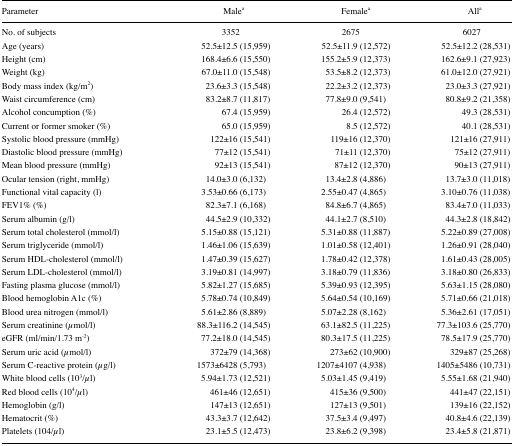
<table><thead><tr><td><b>Parameter</b></td><td><b>Malea</b></td><td><b>Femalea</b></td><td><b>Alla</b></td></tr></thead><tbody><tr><td>No. of subjects</td><td>3352</td><td>2675</td><td>6027</td></tr><tr><td>Age (years)</td><td>52.5±12.5 (15,959)</td><td>52.5±11.9 (12,572)</td><td>52.5±12.2 (28,531)</td></tr><tr><td>Height (cm)</td><td>168.4±6.6 (15,550)</td><td>155.2±5.9 (12,373)</td><td>162.6±9.1 (27,923)</td></tr><tr><td>Weight (kg)</td><td>67.0±11.0 (15,548)</td><td>53.5±8.2 (12,373)</td><td>61.0±12.0 (27,921)</td></tr><tr><td>Body mass index (kg/m<sup>2</sup>)</td><td>23.6±3.3 (15,548)</td><td>22.2±3.2 (12,373)</td><td>23.0±3.3 (27,921)</td></tr><tr><td>Waist circumference (cm)</td><td>83.2±8.7 (11,817)</td><td>77.8±9.0 (9,541)</td><td>80.8±9.2 (21,358)</td></tr><tr><td>Alcohol concumption (%)</td><td>67.4 (15,959)</td><td>26.4 (12,572)</td><td>49.3 (28,531)</td></tr><tr><td>Current or former smoker (%)</td><td>65.0 (15,959)</td><td>8.5 (12,572)</td><td>40.1 (28,531)</td></tr><tr><td>Systolic blood pressure (mmHg)</td><td>122±16 (15,541)</td><td>119±16 (12,370)</td><td>121±16 (27,911)</td></tr><tr><td>Diastolic blood pressure (mmHg)</td><td>77±12 (15,541)</td><td>71±11 (12,370)</td><td>75±12 (27,911)</td></tr><tr><td>Mean blood pressure (mmHg)</td><td>92±13 (15,541)</td><td>87±12 (12,370)</td><td>90±13 (27,911)</td></tr><tr><td>Ocular tension (right, mmHg)</td><td>14.0±3.0 (6,132)</td><td>13.4±2.8 (4,886)</td><td>13.7±3.0 (11,018)</td></tr><tr><td>Functional vital capacity (l)</td><td>3.53±0.66 (6,173)</td><td>2.55±0.47 (4,865)</td><td>3.10±0.76 (11,038)</td></tr><tr><td>FEV1% (%)</td><td>82.3±7.1 (6,168)</td><td>84.8±6.7 (4,865)</td><td>83.4±7.0 (11,033)</td></tr><tr><td>Serum albumin (g/l)</td><td>44.5±2.9 (10,332)</td><td>44.1±2.7 (8,510)</td><td>44.3±2.8 (18,842)</td></tr><tr><td>Serum total cholesterol (mmol/l)</td><td>5.15±0.88 (15,121)</td><td>5.31±0.88 (11,887)</td><td>5.22±0.89 (27,008)</td></tr><tr><td>Serum triglyceride (mmol/l)</td><td>1.46±1.06 (15,639)</td><td>1.01±0.58 (12,401)</td><td>1.26±0.91 (28,040)</td></tr><tr><td>Serum HDL-cholesterol (mmol/l)</td><td>1.47±0.39 (15,627)</td><td>1.78±0.42 (12,378)</td><td>1.61±0.43 (28,005)</td></tr><tr><td>Serum LDL-cholesterol (mmol/l)</td><td>3.19±0.81 (14,997)</td><td>3.18±0.79 (11,836)</td><td>3.18±0.80 (26,833)</td></tr><tr><td>Fasting plasma glucose (mmol/l)</td><td>5.82±1.27 (15,685)</td><td>5.39±0.93 (12,395)</td><td>5.63±1.15 (28,080)</td></tr><tr><td>Blood hemoglobin A1c (%)</td><td>5.78±0.74 (10,849)</td><td>5.64±0.54 (10,169)</td><td>5.71±0.66 (21,018)</td></tr><tr><td>Blood urea nitrogen (mmol/l)</td><td>5.61±2.86 (8,889)</td><td>5.07±2.28 (8,162)</td><td>5.36±2.61 (17,051)</td></tr><tr><td>Serum creatinine (<i>μ</i>mol/l)</td><td>88.3±116.2 (14,545)</td><td>63.1±82.5 (11,225)</td><td>77.3±103.6 (25,770)</td></tr><tr><td>eGFR (ml/min/1.73 m<sup>−2</sup>)</td><td>77.2±18.0 (14,545)</td><td>80.3±17.5 (11,225)</td><td>78.5±17.9 (25,770)</td></tr><tr><td>Serum uric acid (<i>μ</i>mol/l)</td><td>372±79 (14,368)</td><td>273±62 (10,900)</td><td>329±87 (25,268)</td></tr><tr><td>Serum C-reactive protein (<i>μ</i>g/l)</td><td>1573±6428 (5,793)</td><td>1207±4107 (4,938)</td><td>1405±5486 (10,731)</td></tr><tr><td>White blood cells (10<sup>3</sup>/<i>μ</i>l)</td><td>5.94±1.73 (12,521)</td><td>5.03±1.45 (9,419)</td><td>5.55±1.68 (21,940)</td></tr><tr><td>Red blood cells (10<sup>4</sup><i>/μl</i>)</td><td>461±46 (12,651)</td><td>415±36 (9,500)</td><td>441±47 (22,151)</td></tr><tr><td>Hemoglobin (g/l)</td><td>147±13 (12,651)</td><td>127±13 (9,501)</td><td>139±16 (22,152)</td></tr><tr><td>Hematocrit (%)</td><td>43.3±3.7 (12,642)</td><td>37.5±3.4 (9,497)</td><td>40.8±4.6 (22,139)</td></tr><tr><td>Platelets (104/<i>μ</i>l)</td><td>23.1±5.5 (12,473)</td><td>23.8±6.2 (9,398)</td><td>23.4±5.8 (21,871)</td></tr></tbody></table>